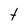
Character: t